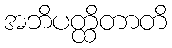
အဘိပတ္ထိတာတိ